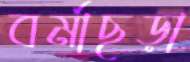
বর্মাছড়া